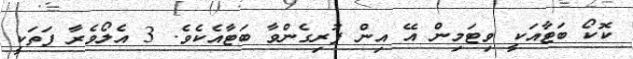
ކޮކޯ ބަޓާއަކީ ވިޓަމިން އޭ އިން ފުރިގެންވާ ބަޓާއެކެވެ. 3 އެލޯވެރާ ފަތަކީ